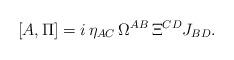
LaTeX: \begin{align*}[A,\Pi]=i\,\eta_{AC}\,\Omega^{AB}\,\Xi^{CD}J_{BD}.\end{align*}